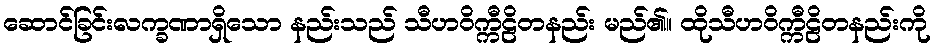
ဆောင်ခြင်းလက္ခဏာရှိသော နည်းသည် သီဟဝိက္ကီဠိတနည်း မည်၏။ ထိုသီဟဝိက္ကီဠိတနည်းကို